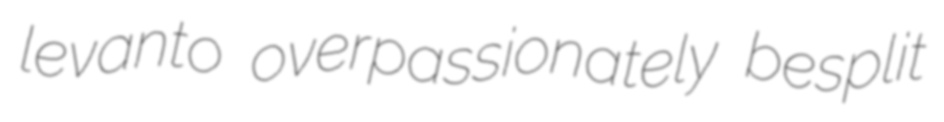
levanto overpassionately besplit